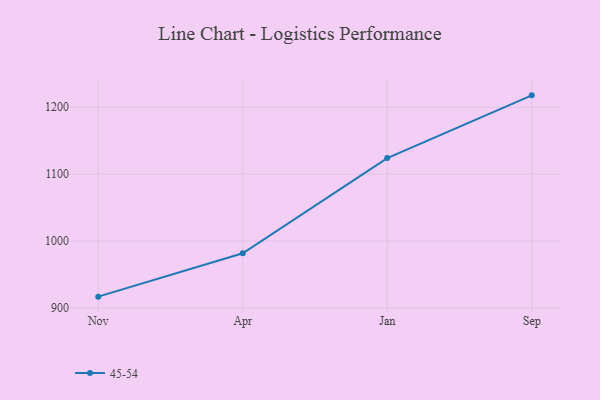
{"axis": {"x": "Month", "y": "Net Income (USD K)"}, "legend": ["45-54"], "data": [{"x": "Nov", "y": 917.0, "type": "45-54"}, {"x": "Apr", "y": 981.9, "type": "45-54"}, {"x": "Jan", "y": 1124.0, "type": "45-54"}, {"x": "Sep", "y": 1217.8, "type": "45-54"}]}